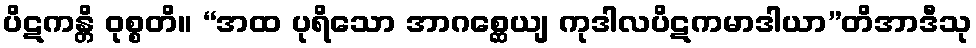
ပိဋကန္တိ ဝုစ္စတိ။ “အထ ပုရိသော အာဂစ္ဆေယျ ကုဒါလပိဋကမာဒါယာ”တိအာဒီသု